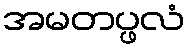
အမတပ္ဖလံ